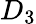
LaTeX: D_{3}